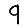
Digit: 9